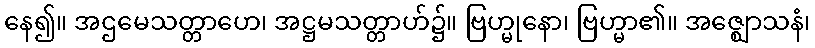
နေ၍။ အဌမေသတ္တာဟေ၊ အဋ္ဌမသတ္တာဟ်၌။ ဗြဟ္မုနော၊ ဗြဟ္မာ၏။ အဇ္ဈောသနံ၊